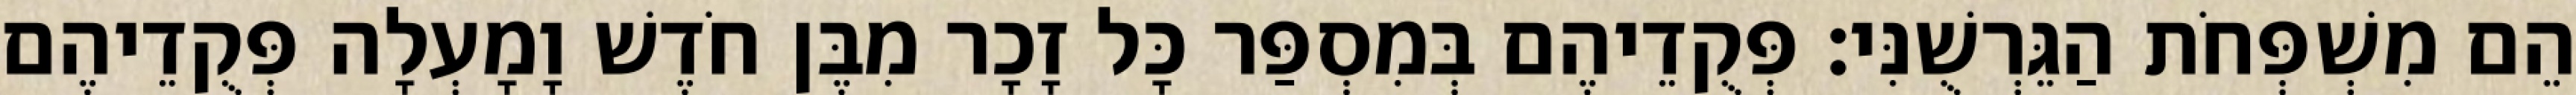
הֵם מִשְׁפְּחֹת הַגֵּרְשֻׁנִּי׃ פְּקֻדֵיהֶם בְּמִסְפַּר כָּל זָכָר מִבֶּן חֹדֶשׁ וָמָעְלָה פְּקֻדֵיהֶם